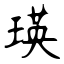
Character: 瑛